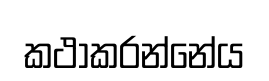
කථාකරන්නේය